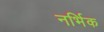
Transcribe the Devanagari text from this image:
नर्भिक